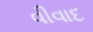
વીવાદ